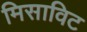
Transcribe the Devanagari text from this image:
मिसाविट